Vaike-Kopu_(Puiatu)_vallavalitsus, lk 18
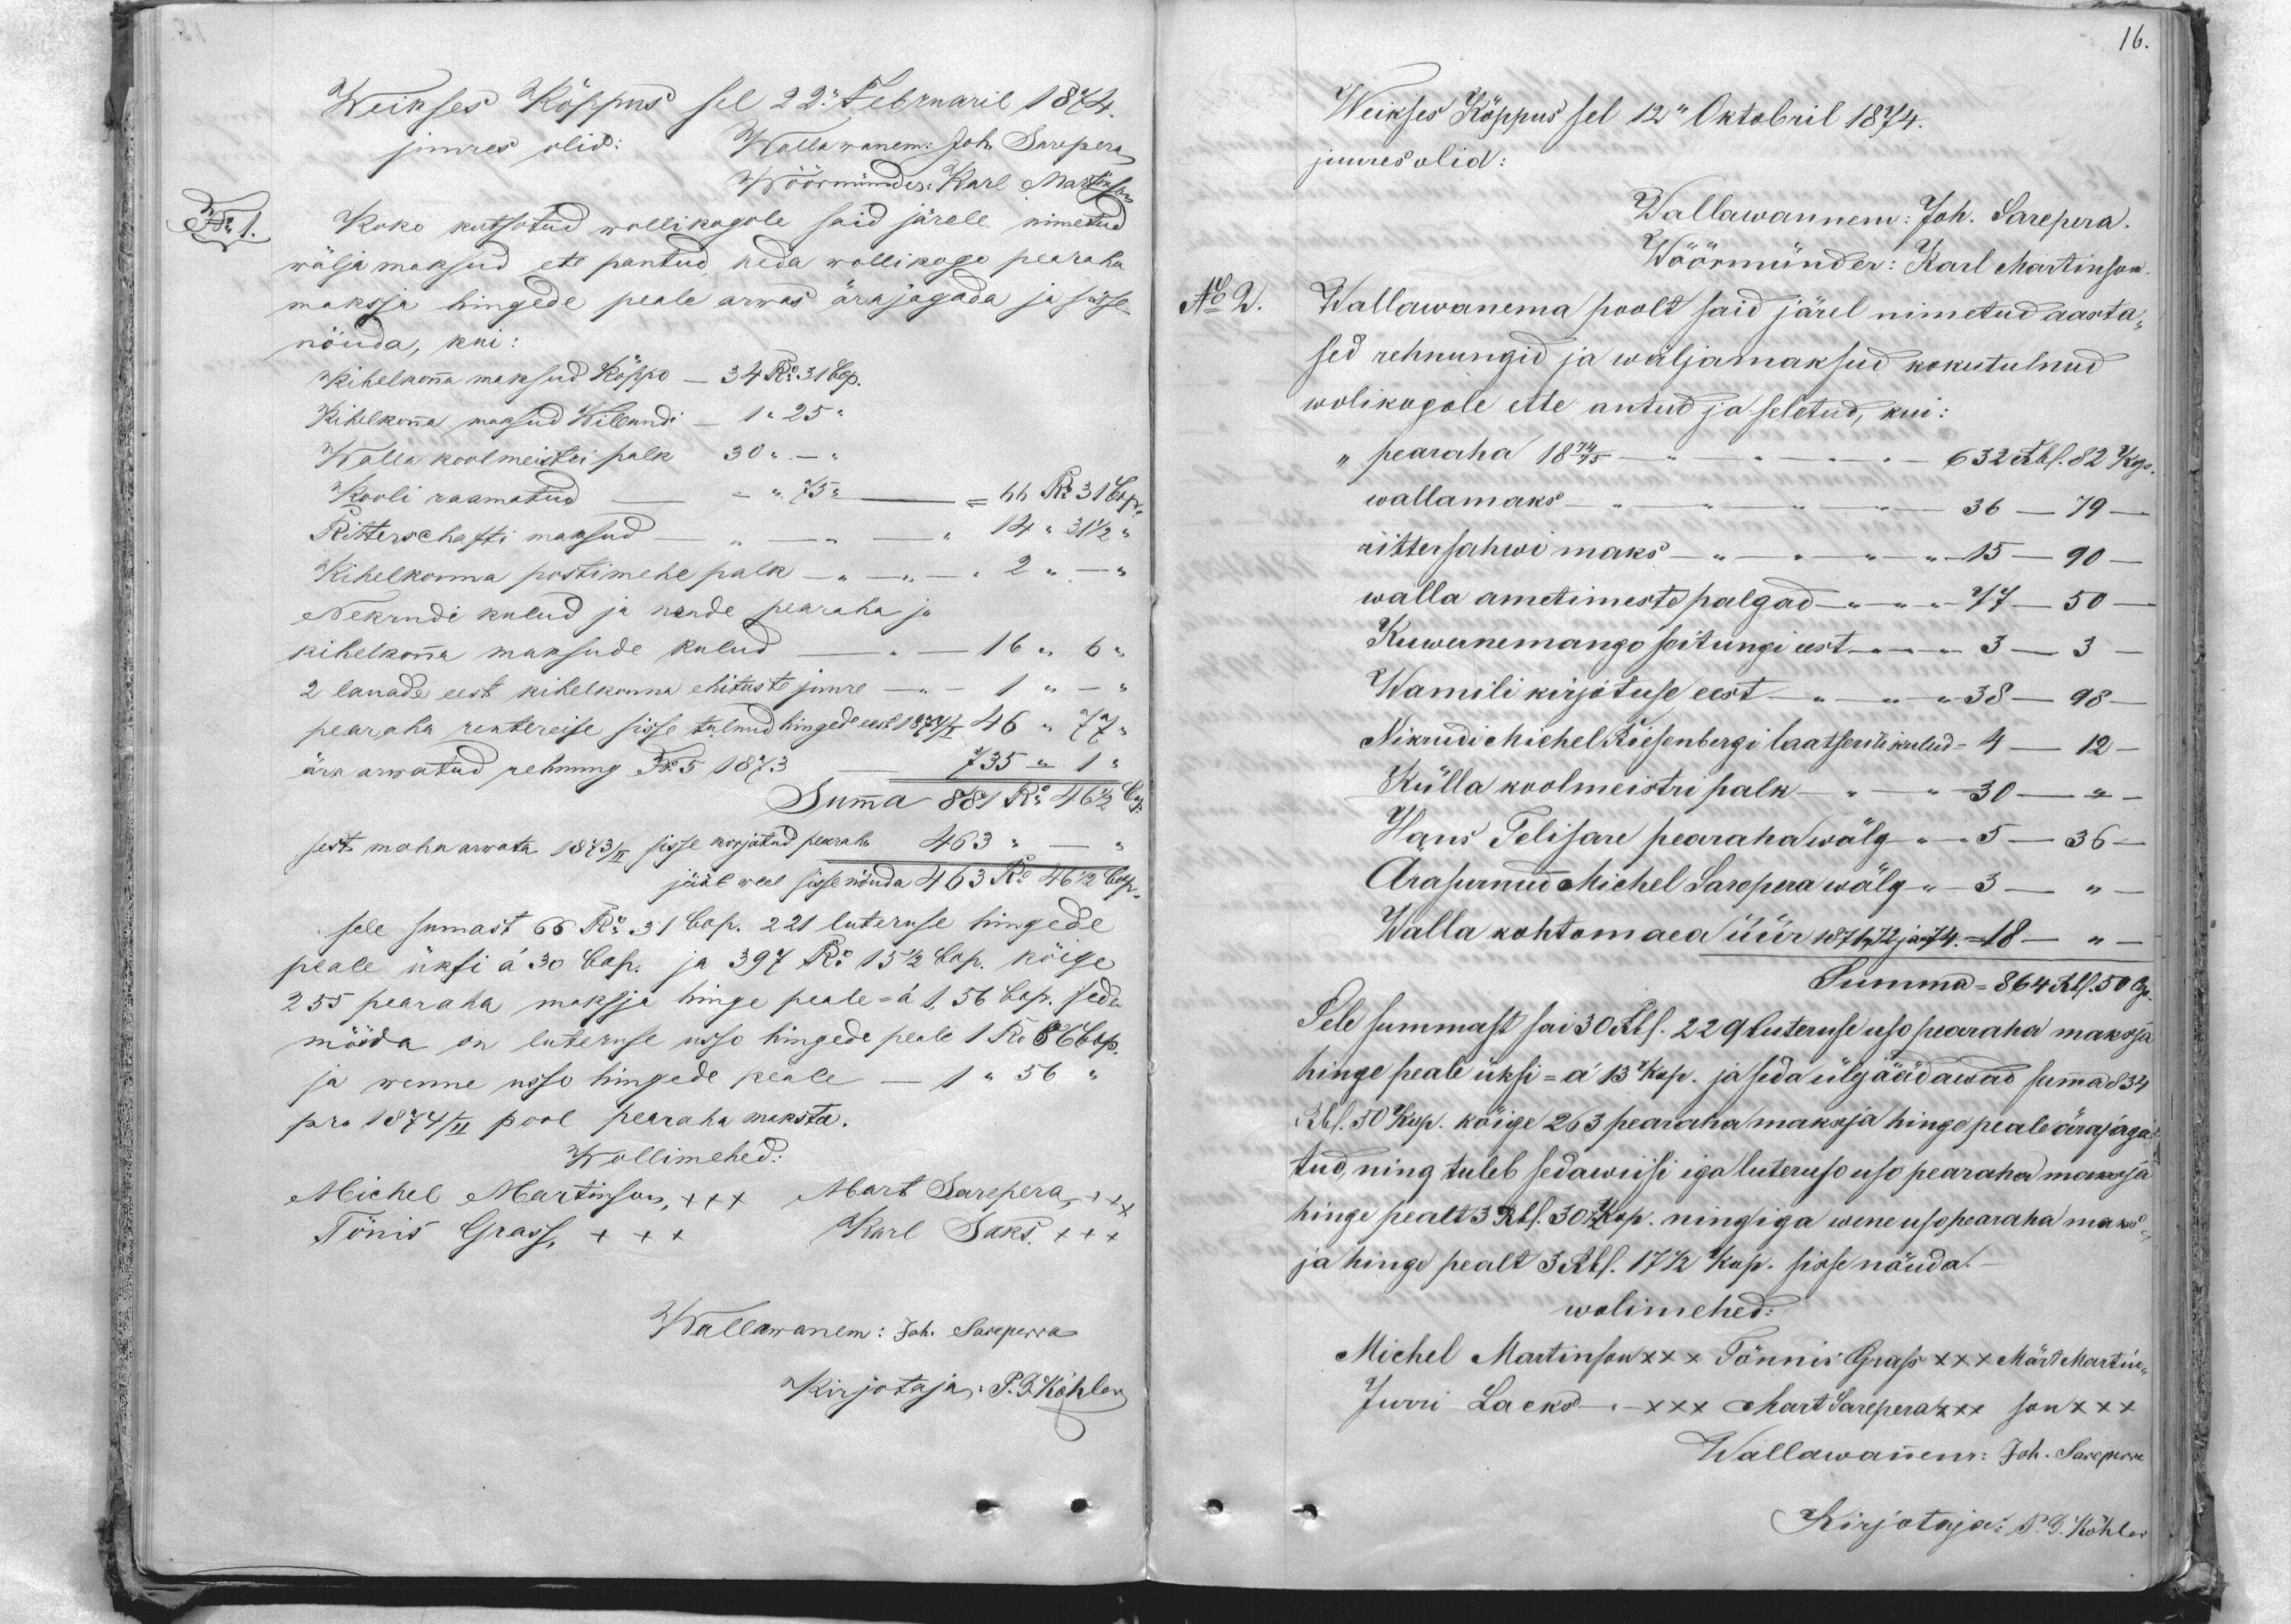
Weikses Kõppus sel 22 Februaril 1874.
juures olid: Wallawanem Joh. Sarepera
Wöörmünder: Karl Martinson
No 1.
Koko kutsutud wollikogole said järele nimetud
wälja maksud ete pantud keda wollikogu pearaha
makssa hingede peale arwas ärajagada ja sisse
nõuda, kui:
Kihelkonna maksud Kõppo - 34 Ru 31 Cop.
Kihelkona maksud Willandi - 1-25 "
Walla koolmeistri palk 30 --
Kooli raamatud - " 75" - 66 Ru 31 Cop.
Ritterschafti maksud - " - - 14 " 31 1/2 "
Kihelkonna postimehe palk - " - " 2 " -
Nekrudi kulud ja nende pearaha ja
kihelkonna maksude kulud - - 16 " 6 "
2 lauade eest kihelkonna ehituste juure - 1 " - "
pearaha rentereise sisse tulnud hinged eest 1874/I 147 " 77 "
ära arwatud rehnung No 5 1873 - 735 " 1"
Summa 881 Ru 46 1/2 kop.
sest maha arwata 1873/II sisse korjatud pearaha 463 "
jääb weel sisse nõuda 463 Ru 46 1/2 Cop.
sele sumast 66 Ru 31 Cop. 221 luteruse hingede
peale üksi a 30 Cop. ja 397 Ru 15 1/2 Cop. kõige
255 pearaha maksja hinge peale= à 1,56 Cop. seda
mööda on luteruse usso hingede peale 1 Ru 86 Cop.
ja wenne usso hingede peale - 1 "56
pro 1874/II pool pearaha maksta.
Wollimehed:
Michel Martinson, +++ Mart Sarepera +++
Tõnis Grass, XXX
Karl Saks XXX
Wallawanem: Joh. Saseperra
Kirjotaja: P. G. Köhler

Weikses Käppus sel 12. Oktobril 1874.
juures olid:
Wallawannem: Joh. Sarepera.
Wöörmünder: Karl Martinson
No 2.
Wallawanema poolt said järel nimetud aasta-
sed rehnungid ja wäljamaksud kokutulnud
wolikogole ette antud ja seletud, kui:
" pearaha 1874/75 - - 63 Rbl. 82 kop.
wallamaks. 36 - 79 -
rittesahwi maks - " - " " 15 - 90 -
walla ametimeste palgad - „77 - 50 -
Kuwernemango seitungi eest-"-"-"  3 - 3
Wamili kirjotuse eest - " "38 - 98-
Nikrudi Michel Riesenbergi laatserile kulud - 4 - 12 -
Külla koolmeistri palk - 30 --
Hans Telisare pearaha wölg - 5 - 36
Arasurnud Michel Sarepera wölg - 3 -
Walla kohtomaea üür 187, 72 ja 74.   18 - "
Summa - 864 Rbl 50 Cop.
Sele summast sai 30 Rbl. 229 luteruse uso pearaha maksja
hinge peale üksi = a 13 kop. ja seda ülejäädawad summad 34.
Rbl 50 kop. kõige 263 pearaha maksja hinge peale ärajaga
tud ning tuleb sedawiisi iga luteruso uso pearaha maksja
hinge pealt 3 Rbl. 30 kop. ning iga wene uso pearaha maks-
ja hinge pealt 3 Rbl. 17 1/2 Kop. sisse nöuda.
wolimehed:
Michel Martinson XXX Tönnis Grass XXX Märte Martin-
Jurri Lacko - xxx Mart Sarepera xxx  san +++
Wallawanem: Joh. Sarepera
Kirjotaja: P. G. Kõhler